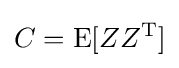
C=\operatorname {E} [ZZ^{\mathrm {T} }]